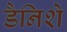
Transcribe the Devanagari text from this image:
डैनिशे